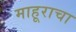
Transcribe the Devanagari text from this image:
माहूराचा